Plague in India, 1896, 1897 - Volume 2
Year: 1896
Disease focus: Plague
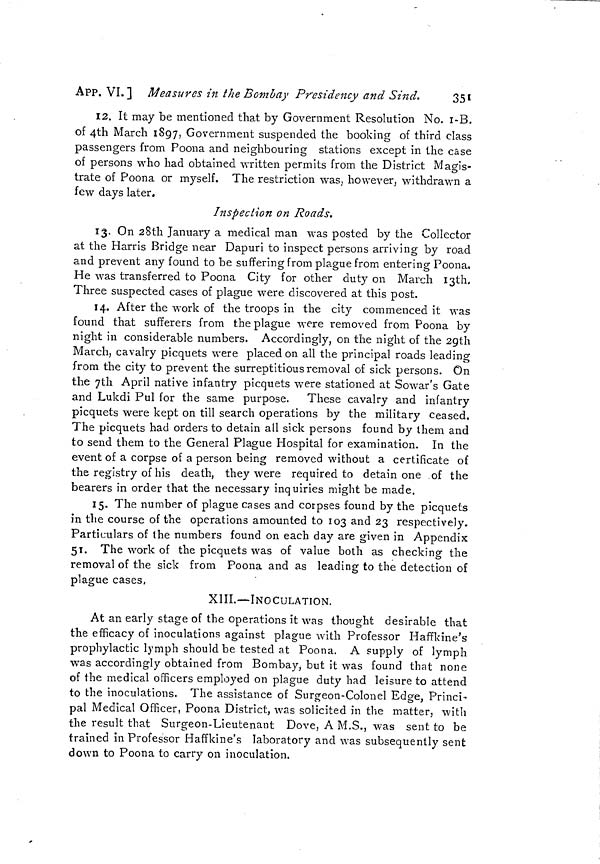
APP. VI. ] Measures in the Bombay Presidency and Sind.
351
12. It may be mentioned that by Government Resolution No. I-B.
of 4th March 1897, Government suspended the booking of third class
passengers from Poona and neighbouring stations except in the case
of persons who had obtained written permits from the District Magis-
trate of Poona or myself. The restriction was, however, withdrawn a
few days later.
Inspection on Roads.
13. On 28th January a medical man was posted by the Collector
at the Harris Bridge near Dapuri to inspect persons arriving by road
and prevent any found to be suffering from plague from entering Poona,
He was transferred to Poona City for other duty on March I3th,
Three suspected cases of plague were discovered at this post.
14. After the work of the troops in the city commenced it was
found that sufferers from the plague were removed from Poona by
night in considerable numbers. Accordingly, on the night of the 29th
March, cavalry picquets were placed on all the principal roads leading
from the city to prevent the surreptitious removal of sick persons. On
the 7th April native infantry picquets were stationed at Sowar's Gate
and Lukdi Pul for the same purpose. These cavalry and infantry
picquets were kept on till search operations by the military ceased.
The picquets had orders to detain all sick persons found by them and
to send them to the General Plague Hospital for examination. In the
event of a corpse of a person being removed without a certificate of
the registry of his death, they were required to detain one of the
bearers in order that the necessary inquiries might be made.
15. The number of plague cases and corpses found by the picquets
in the course of the operations amounted to 103 and 23 respectively.
Particulars of the numbers found on each day are given in Appendix
51. The work of the picquets was of value both as checking the
removal of the sick from Poona and as leading to the detection of
plague cases,
XIII.—INOCULATION.
At an early stage of the operations it was thought desirable that
the efficacy of inoculations against plague with Professor Haffkine's
prophylactic lymph should be tested at Poona. A supply of lymph
was accordingly obtained from Bombay, but it was found that none
of the medical officers employed on plague duty had leisure to attend
to the inoculations. The assistance of Surgeon-Colonel Edge, Princi-
pal Medical Officer, Poona District, was solicited in the matter, with
the result that Surgeon-Lieutenant Dove, A M.S., was sent to be
trained in Professor Haffkine's laboratory and was subsequently sent
down to Poona to carry on inoculation.